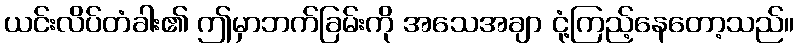
ယင်းလိပ်တံခါး၏ ဤမှာဘက်ခြမ်းကို အသေအချာ ငုံ့ကြည့်နေတော့သည်။